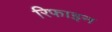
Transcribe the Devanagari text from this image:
रिफाइन